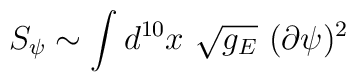
S_{\psi} \sim \int d^{10}x \ \sqrt{g_E} \  (\partial \psi )^2